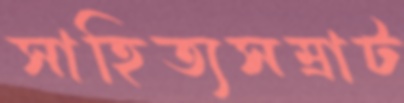
সাহিত্যসম্রাট